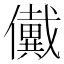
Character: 𠑀